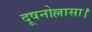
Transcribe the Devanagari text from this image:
दूषनोल्लासा।